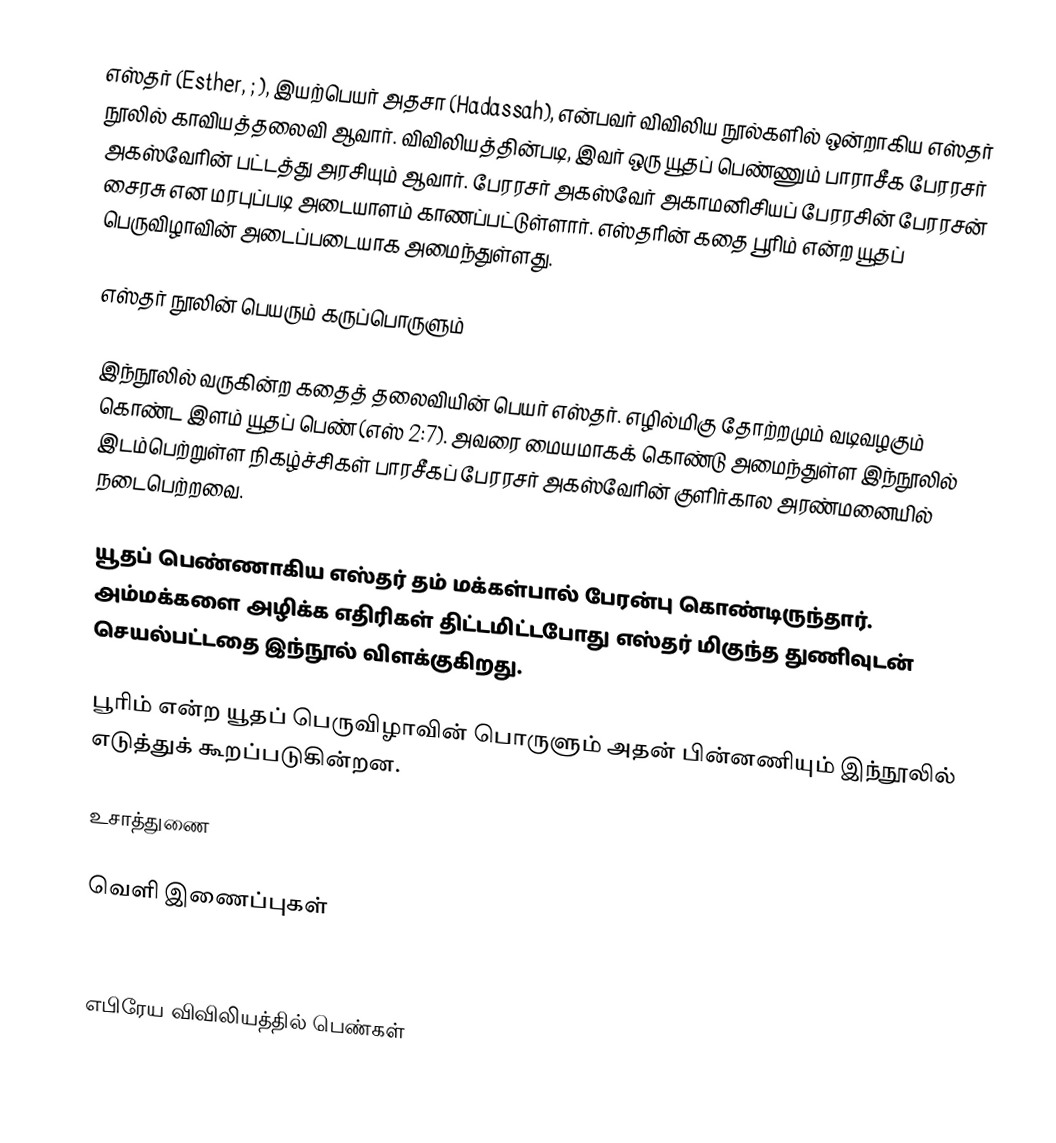
எஸ்தர் (Esther, ; ), இயற்பெயர் அதசா (Hadassah), என்பவர் விவிலிய நூல்களில் ஒன்றாகிய எஸ்தர் நூலில் காவியத்தலைவி ஆவார். விவிலியத்தின்படி, இவர் ஒரு யூதப் பெண்ணும் பாராசீக பேரரசர் அகஸ்வேரின் பட்டத்து அரசியும் ஆவார். பேரரசர் அகஸ்வேர் அகாமனிசியப் பேரரசின் பேரரசன் சைரசு என மரபுப்படி அடையாளம் காணப்பட்டுள்ளார். எஸ்தரின் கதை பூரிம் என்ற யூதப் பெருவிழாவின் அடைப்படையாக அமைந்துள்ளது.

எஸ்தர் நூலின் பெயரும் கருப்பொருளும்

இந்நூலில் வருகின்ற கதைத் தலைவியின் பெயர் எஸ்தர். எழில்மிகு தோற்றமும் வடிவழகும் கொண்ட இளம் யூதப் பெண் (எஸ் 2:7). அவரை மையமாகக் கொண்டு அமைந்துள்ள இந்நூலில் இடம்பெற்றுள்ள நிகழ்ச்சிகள் பாரசீகப் பேரரசர் அகஸ்வேரின் குளிர்கால அரண்மனையில் நடைபெற்றவை.

யூதப் பெண்ணாகிய எஸ்தர் தம் மக்கள்பால் பேரன்பு கொண்டிருந்தார். அம்மக்களை அழிக்க எதிரிகள் திட்டமிட்டபோது எஸ்தர் மிகுந்த துணிவுடன் செயல்பட்டதை இந்நூல் விளக்குகிறது.

பூரிம் என்ற யூதப் பெருவிழாவின் பொருளும் அதன் பின்னணியும் இந்நூலில் எடுத்துக் கூறப்படுகின்றன.

உசாத்துணை

வெளி இணைப்புகள்

எபிரேய விவிலியத்தில் பெண்கள்